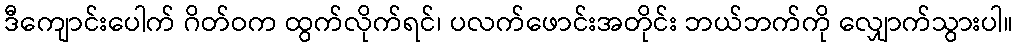
ဒီကျောင်းပေါက် ဂိတ်ဝက ထွက်လိုက်ရင်၊ ပလက်ဖောင်းအတိုင်း ဘယ်ဘက်ကို လျှောက်သွားပါ။